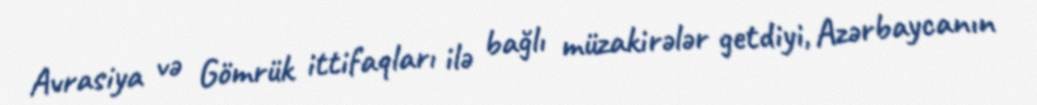
Avrasiya və Gömrük ittifaqları ilə bağlı müzakirələr getdiyi, Azərbaycanın